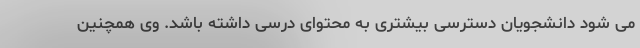
می شود دانشجویان دسترسی بیشتری به محتوای درسی داشته باشد. وی همچنین